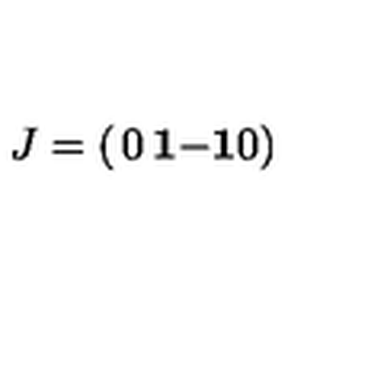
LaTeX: J = \left( \begin{matrix} { 0 } & { \mathrm { \bf 1 } } \\ { - \mathrm { \bf 1 } } & { 0 } \\ \end{matrix} \right)